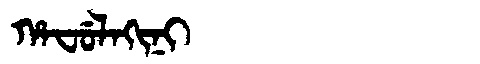
Manchu: ᡥᠠᠸᡠᠯᠠᡴᡳᠨᡳ
Romanization: HAFULAKINI